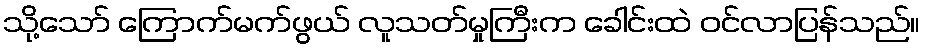
သို့သော် ကြောက်မက်ဖွယ် လူသတ်မှုကြီးက ခေါင်းထဲ ဝင်လာပြန်သည်။